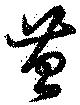
苔